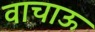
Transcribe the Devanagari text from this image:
वाचाऊ